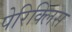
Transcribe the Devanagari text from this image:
पेरिक्लिस